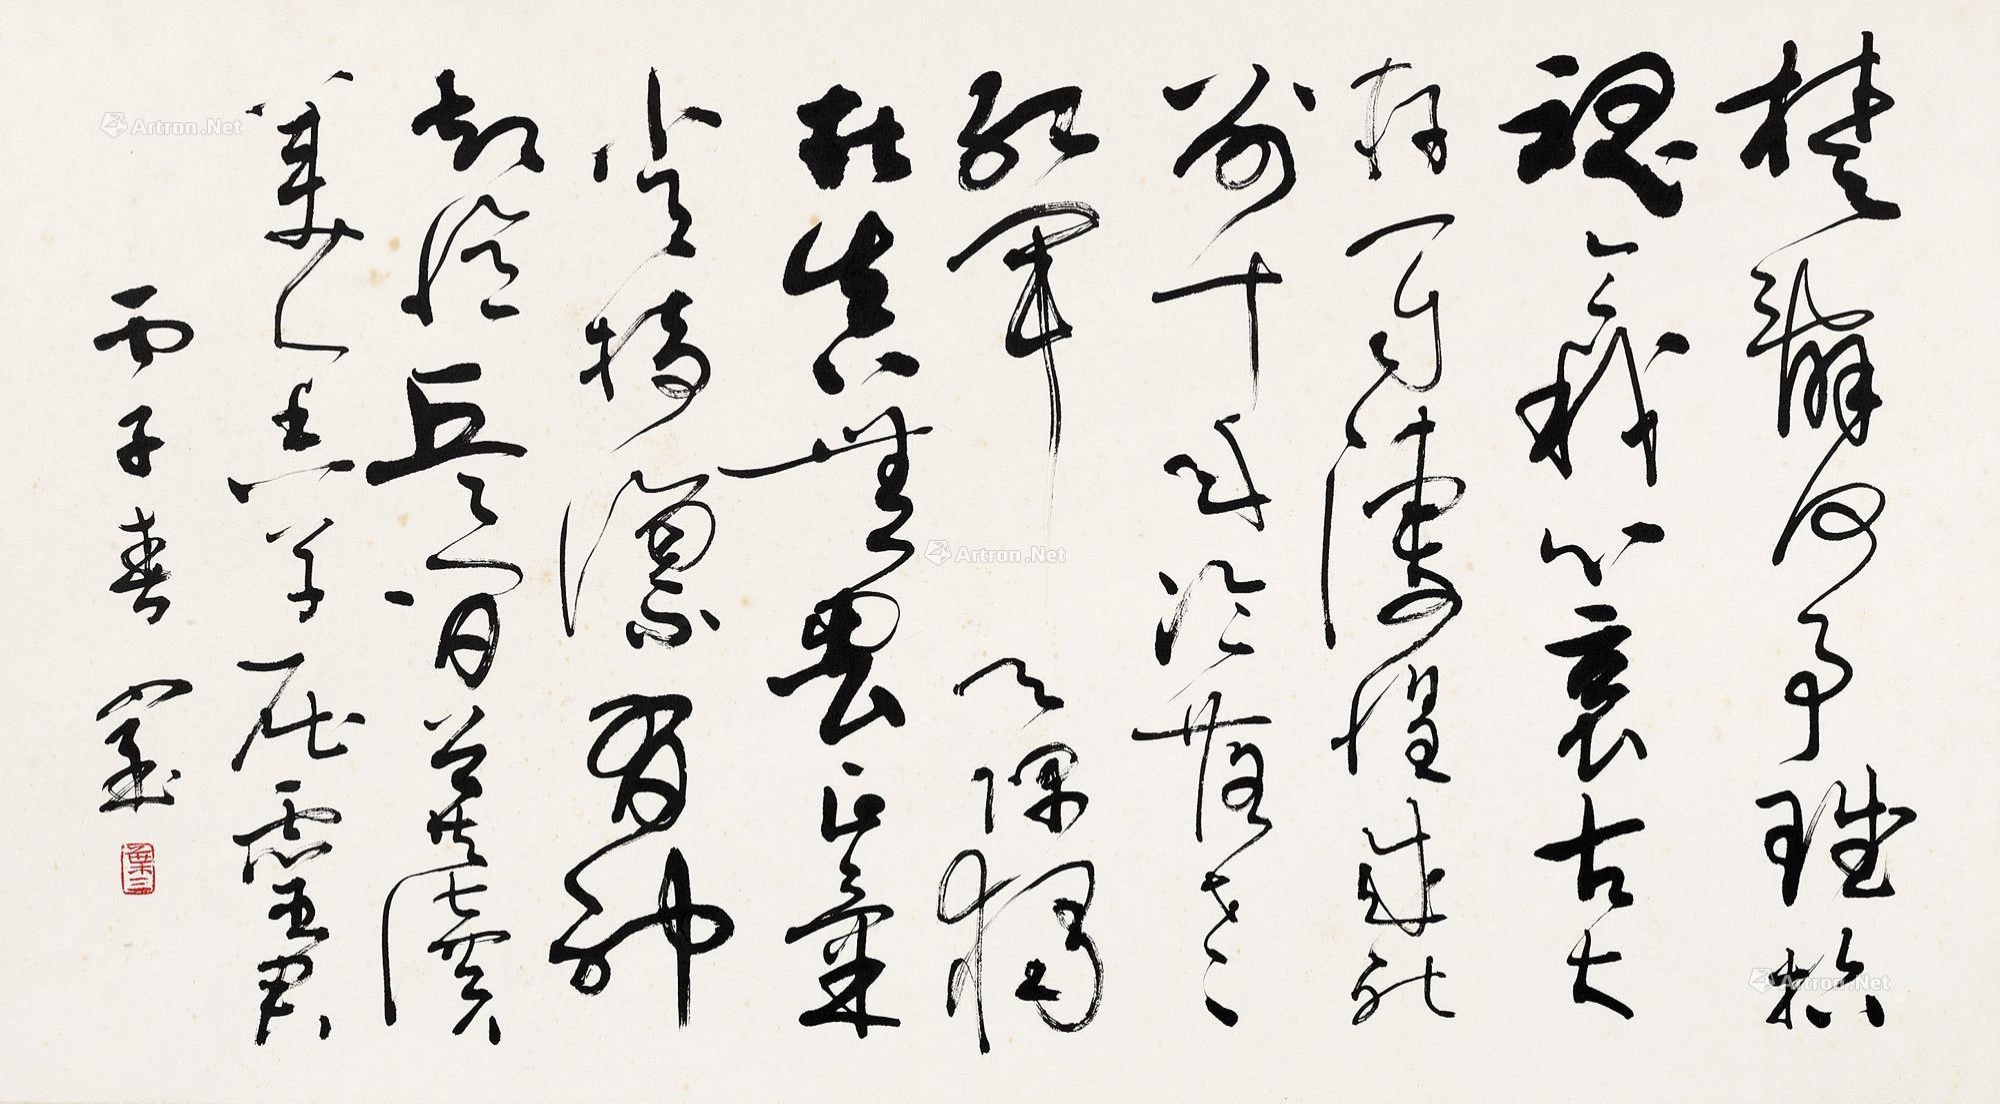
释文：楚辞何事赋招魂，令我心哀古大存。一自凄惶成死别，十年冷落老红军。天隅独在真无畏，正气常持凛有神。却忆兵间曾共读，美人香草屈灵君。丙子春，宁。